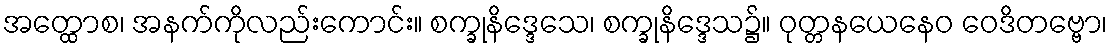
အတ္ထောစ၊ အနက်ကိုလည်းကောင်း။ စက္ခုနိဒ္ဒေသေ၊ စက္ခုနိဒ္ဒေသ၌။ ဝုတ္တနယေနေဝ ဝေဒိတဗ္ဗော၊